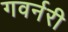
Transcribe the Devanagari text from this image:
गवर्नरी